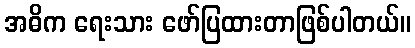
အဓိက ရေးသား ဖော်ပြထားတာဖြစ်ပါတယ်။